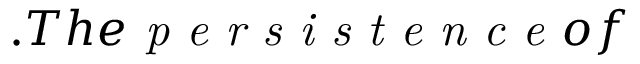
. T h e \textit { p e r s i s t e n c e } o f